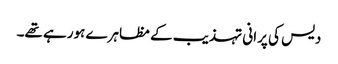
دیس کی پرانی تہذیب کے مظاہرے ہورہے تھے۔